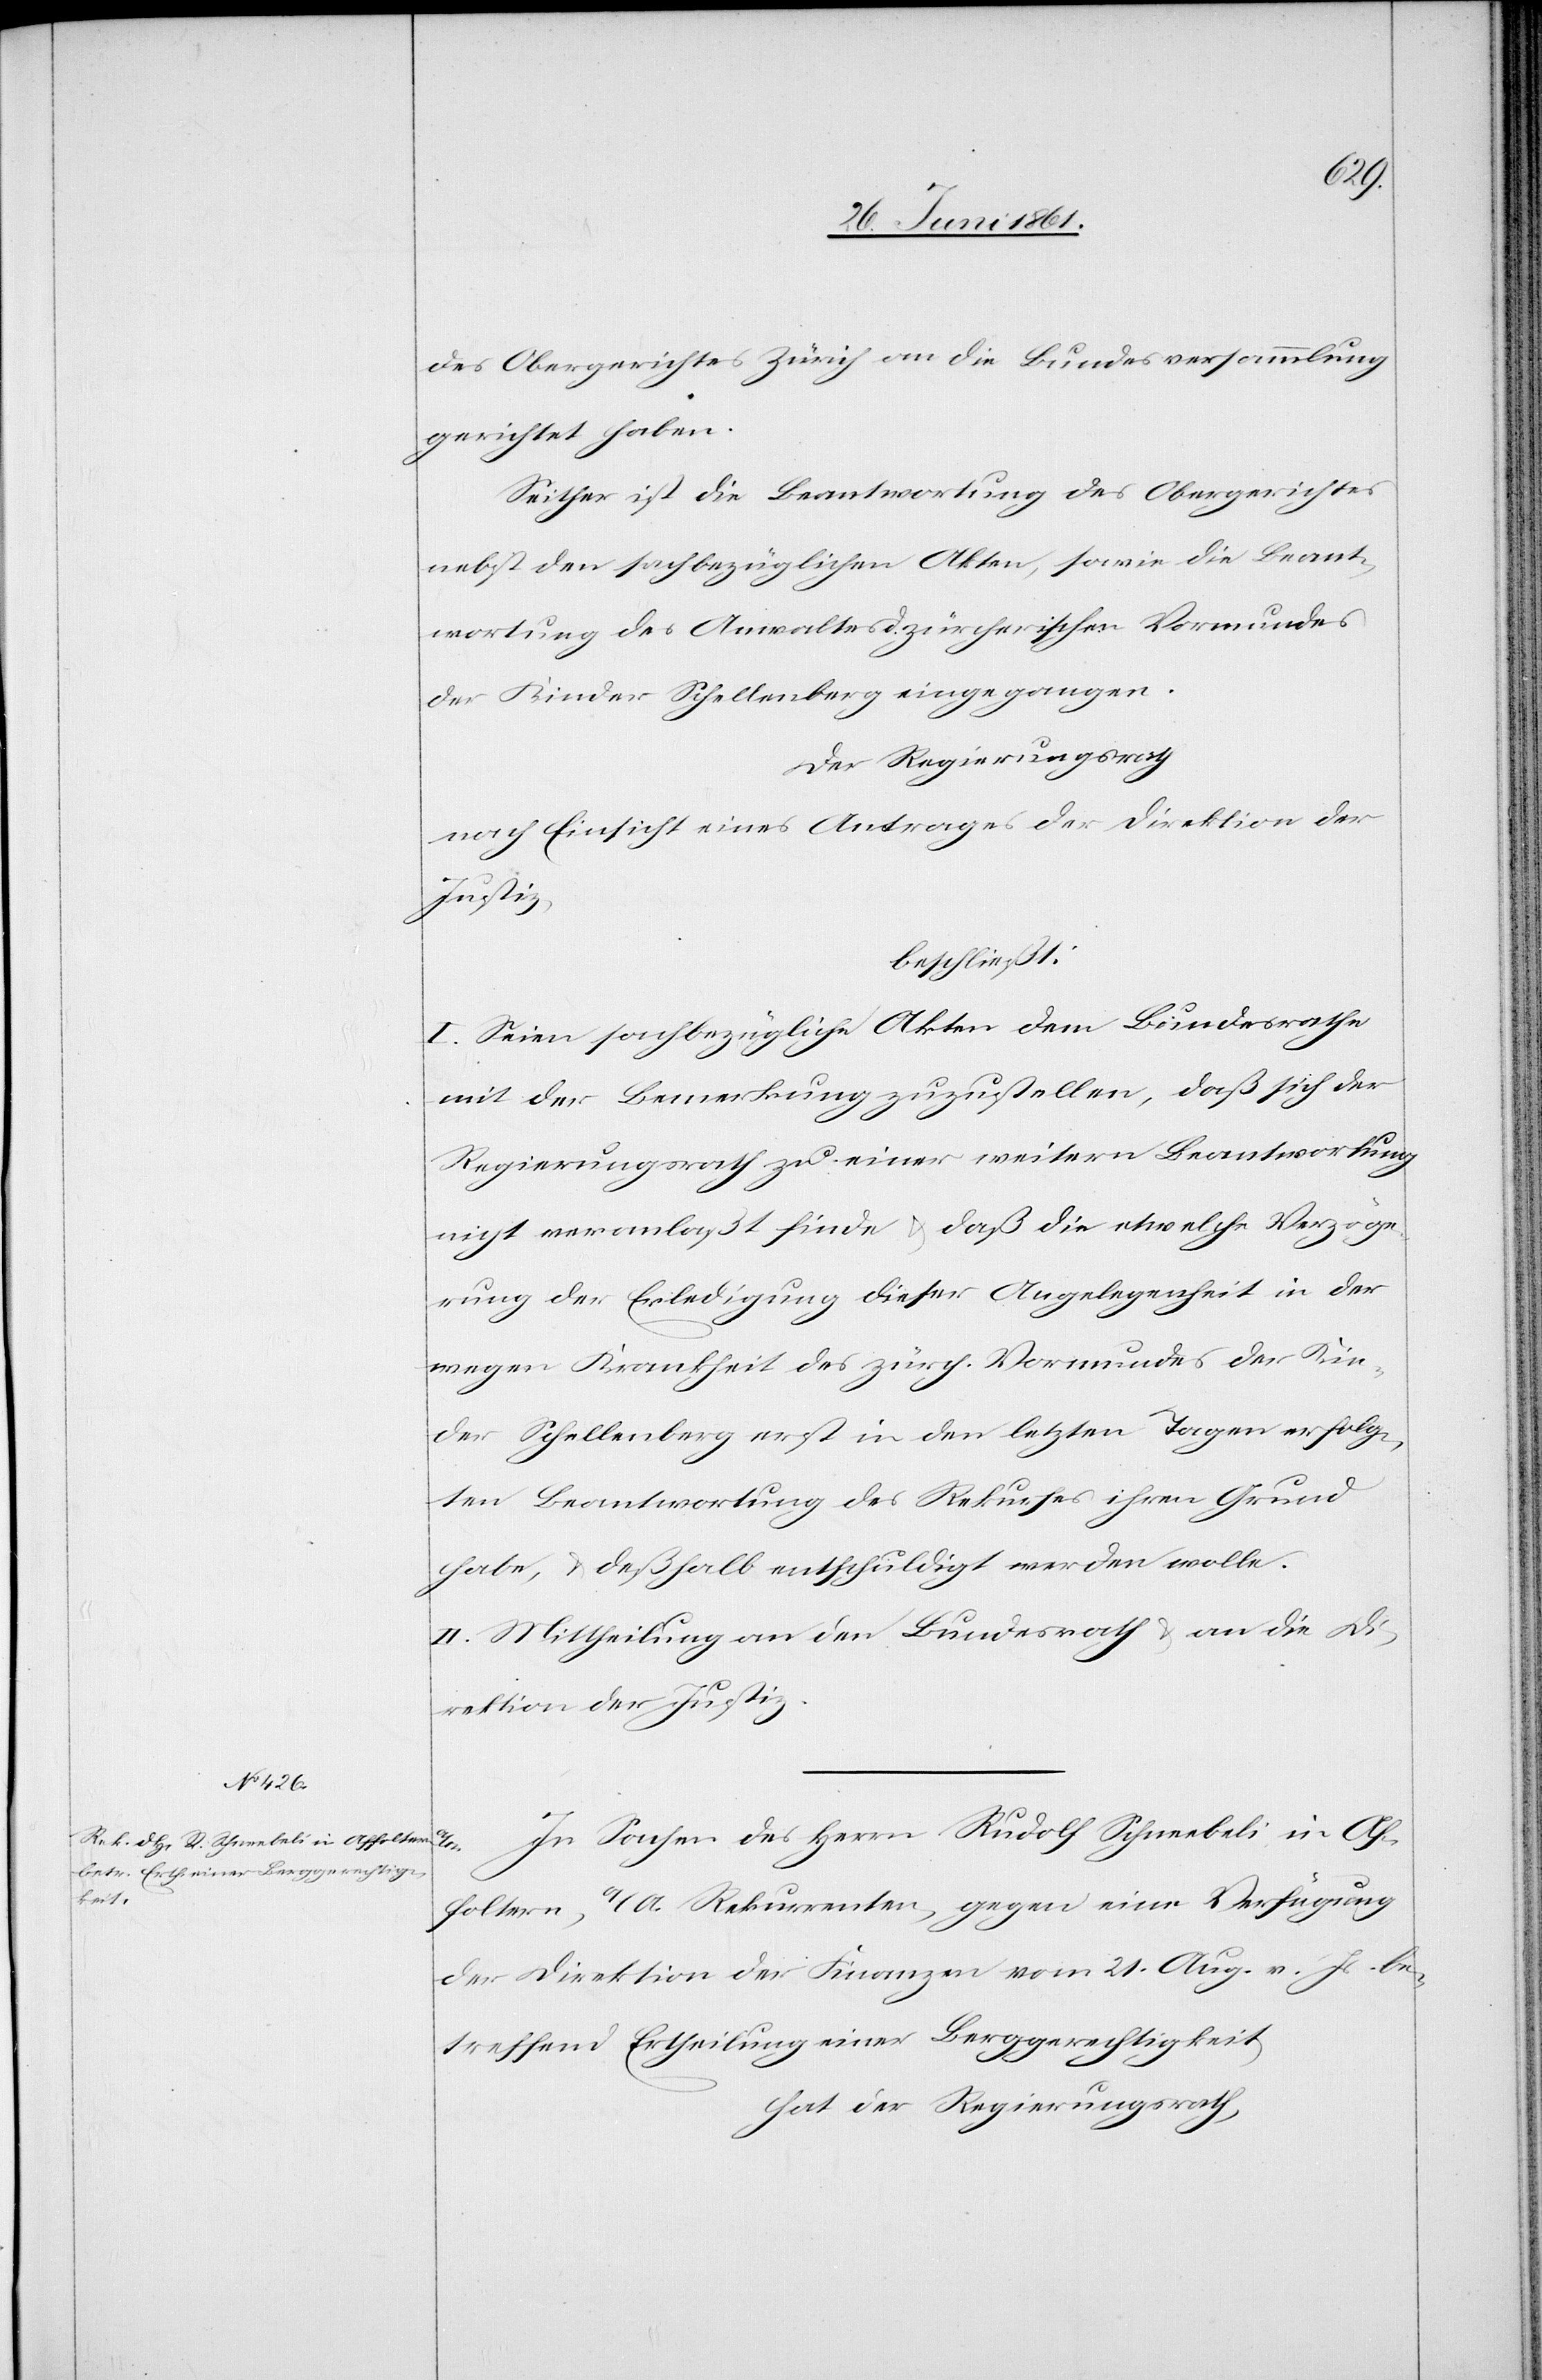
des Obergerichtes Zürich an die Bundesversammlung
gerichtet haben.
Seither ist die Beantwortung des Obergerichtes
nebst den sachbezüglichen Akten, sowie die Beant¬
wortung des Anwaltes d. zürcherischen Vormundes
der Kinder Schellenberg eingegangen.
Der Regierungsrath
nach Einsicht eines Antrages der Direktion der
Justiz,
beschließt:
I. Seien sachbezügliche Akten dem Bundesrathe
mit der Bemerkung zuzustellen, daß sich der
Regierungsrath zu einer weitern Beantwortung
nicht veranlaßt finde u. daß die etwelche Verzöge¬
rung der Erledigung dieser Angelegenheit in der
wegen Krankheit des zürch. Vormundes der Kin¬
der Schellenberg erst in den letzten Tagen erfolg¬
ten Beantwortung des Rekurses ihren Grund
habe, u. deßhalb entschuldigt werden wolle.
II. Mittheilung an den Bundesrath u. an die Di¬
rektion der Justiz.
In Sachen des Herrn Rudolf Schneebeli in Af¬
foltern a/A. Rekurrenten, gegen eine Verfügung
der Direktion der Finanzen vom 21. Aug. v. Js. be¬
treffend Ertheilung einer Berggerechtigkeit,
hat der Regierungsrath,